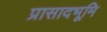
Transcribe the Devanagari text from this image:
प्रासादभूमि